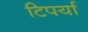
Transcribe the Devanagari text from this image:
टिपर्या